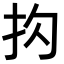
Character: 𪭠